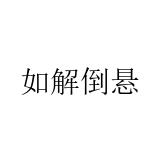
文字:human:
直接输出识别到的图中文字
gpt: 如解倒悬